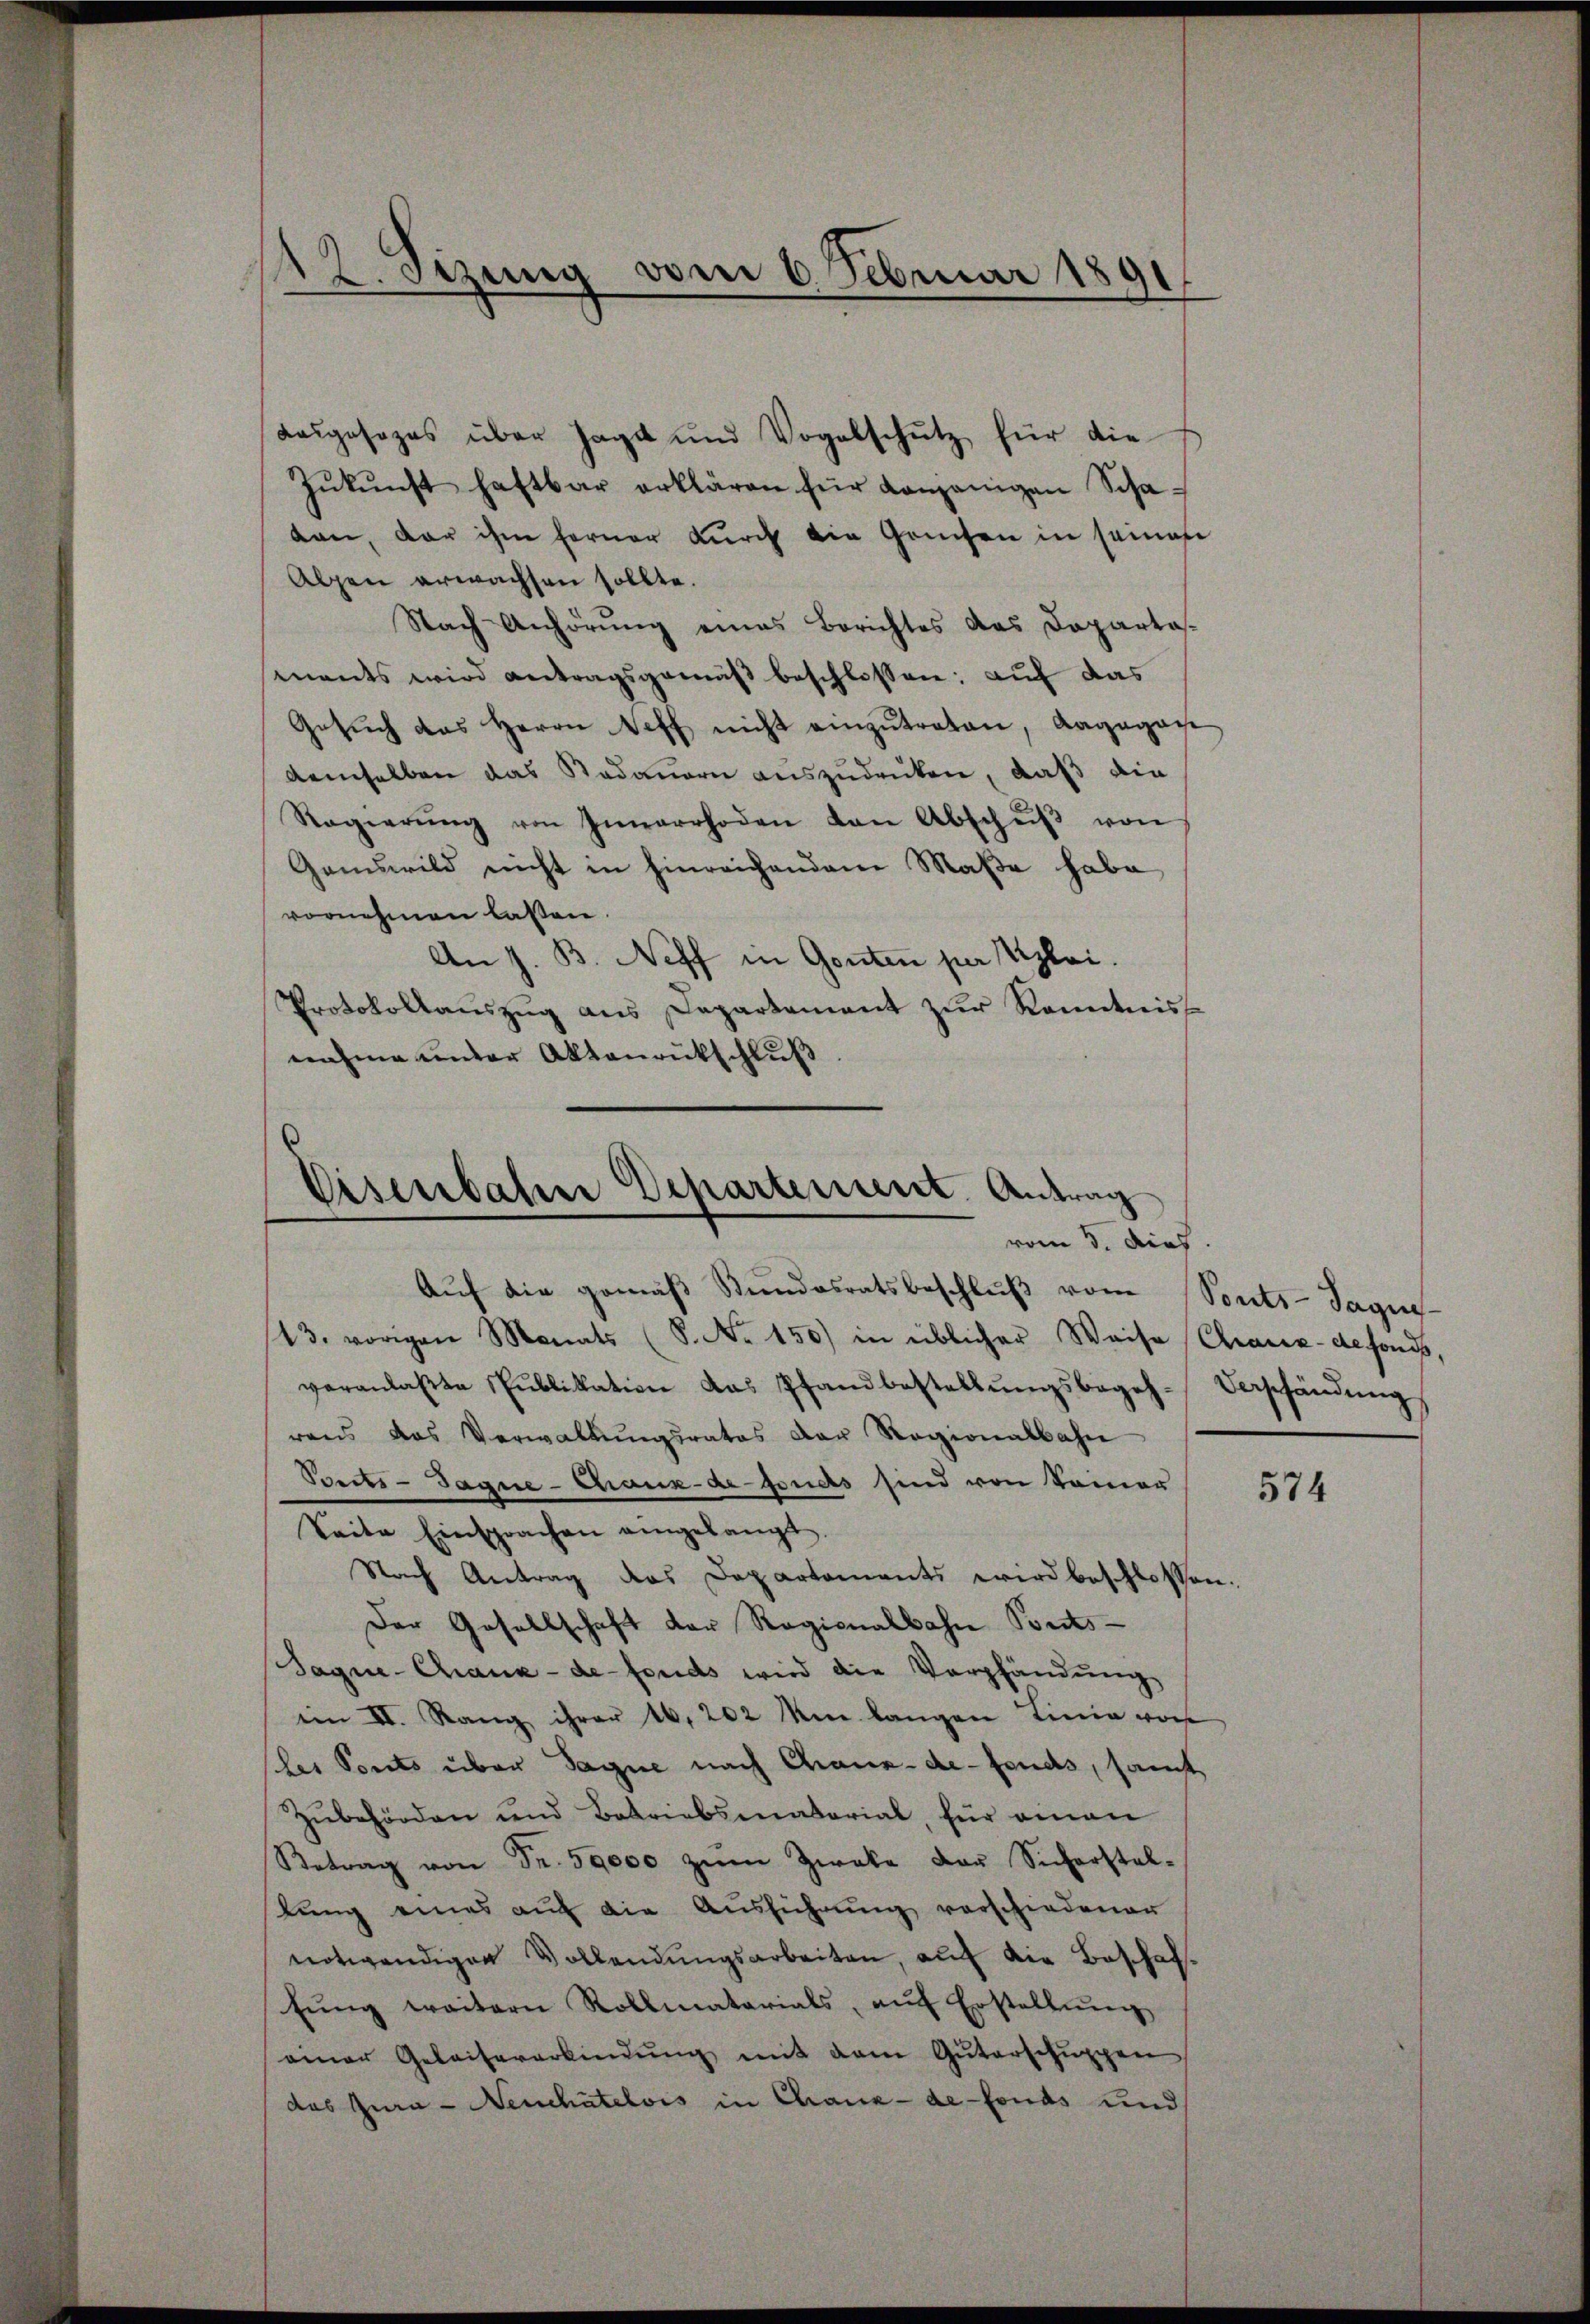
Stzung vom 6. Februar 1891

Lasgesezes über sagt und Vogelschutz für die
Zŭkŭnft haftbar erklären für Konjenigen Scha-
dan, der ihm ferner durch die Grüchen in seinen
Alpen erwachsen sollte.
Nach Anhörŭng eines Berichtes des Departas.
ments wird antragsgemäβ beschlossen; auf das
Gesuch das Herrn Seff nicht einzutreten, Ragagase
demselben das Nadauern auszudrüken, daß die
Regierŭng von Innerrhoden von Abschŭβ von
Gamswild nicht in hinreichendene Maße habe
vornehmen lassen.
An z. B. Neff in Gonten per Vizlei.
Protokollaŭszŭg ans Departement zŭr Kenntnis
nahme under Aktenrückschluß

Eisenbahrer Departement. Antrag
vom 3. Auch
Aŭf die gemäβ Stŭndesratsbeschlŭβ vom Sonts-Tagus

43. vorigen Monats (S. Nr. 150) in üblicher Weise Chaux-defonds,
veranlaβte Publikation das Pfandbestellŭngsbegeh-
rens das Verwaltŭngsrates der Ragionalbahn
Porcts-Tagne-Chaux-de-Fonds sind von Seiner
Saite Einsprachen eingelangt.
Nach Antrag das Departements wird beschlossen:
Der Gesellschaft der Ragionalbahn Ponts¬
Sague-Chaux-de-Fonds wird die Verpfändung
im II. Rang ihrer 16. 202 m langen Linie vor
(les Ponts über Sagne nach Chaux-de-Fonds, samt
Zubehörden und Betriebsmatorial, für einen
Retrag von Fr. 59000 zŭm Zweke der Sicherstel-
tŭng eines aŭf die Aŭsführŭng verschiedener
notwendigen Vollendŭngsarbeiten, auf die Beschaftŭng weitern Rollmatarials, aŭf Erstellŭng
einer Geleitererbindŭng mit dem Güterschŭppen
das Jura - Neuchâtelois in Chaux-de-Fonds und

Verpfändung

574